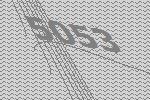
5053